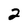
Character: 2